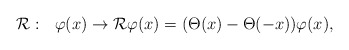
\begin{align*}{\cal R} :\ \ \varphi(x) \rightarrow {\cal R} \varphi(x) = (\Theta(x)-\Theta(-x))\varphi(x),\end{align*}